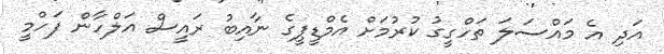
އަދި އެ މައްސަލަ ތަހްގީގު ކުރުމަށް އެމްޑީޕީގެ ނާއިބު ރައީސް އަލްހާން ފަހްމީ